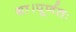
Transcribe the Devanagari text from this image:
था।पूर्णतः